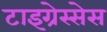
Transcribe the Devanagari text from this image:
टाइग्रेस्सेस